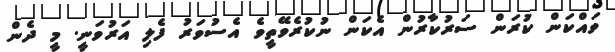
ވައްކަން ކުރަން ސަރުކާރުން އެކަން ނުކުރެވޭތީވެ އެސުވަރު ފެލި އަރުވަނީ. މީ ދެން